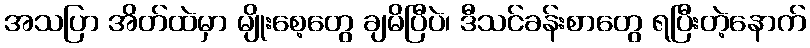
အသပြာ အိတ်ထဲမှာ မျိုးစေ့တွေ ချမိပြီပဲ၊ ဒီသင်ခန်းစာတွေ ရပြီးတဲ့နောက်